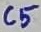
Text: C5